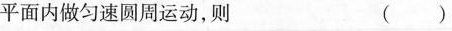
平面内做匀速圆周运动，则 ( )